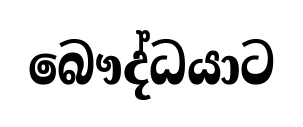
බෞද්ධයාට